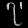
Digit: ၇